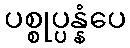
ပစ္စုပ္ပန္နံပေ